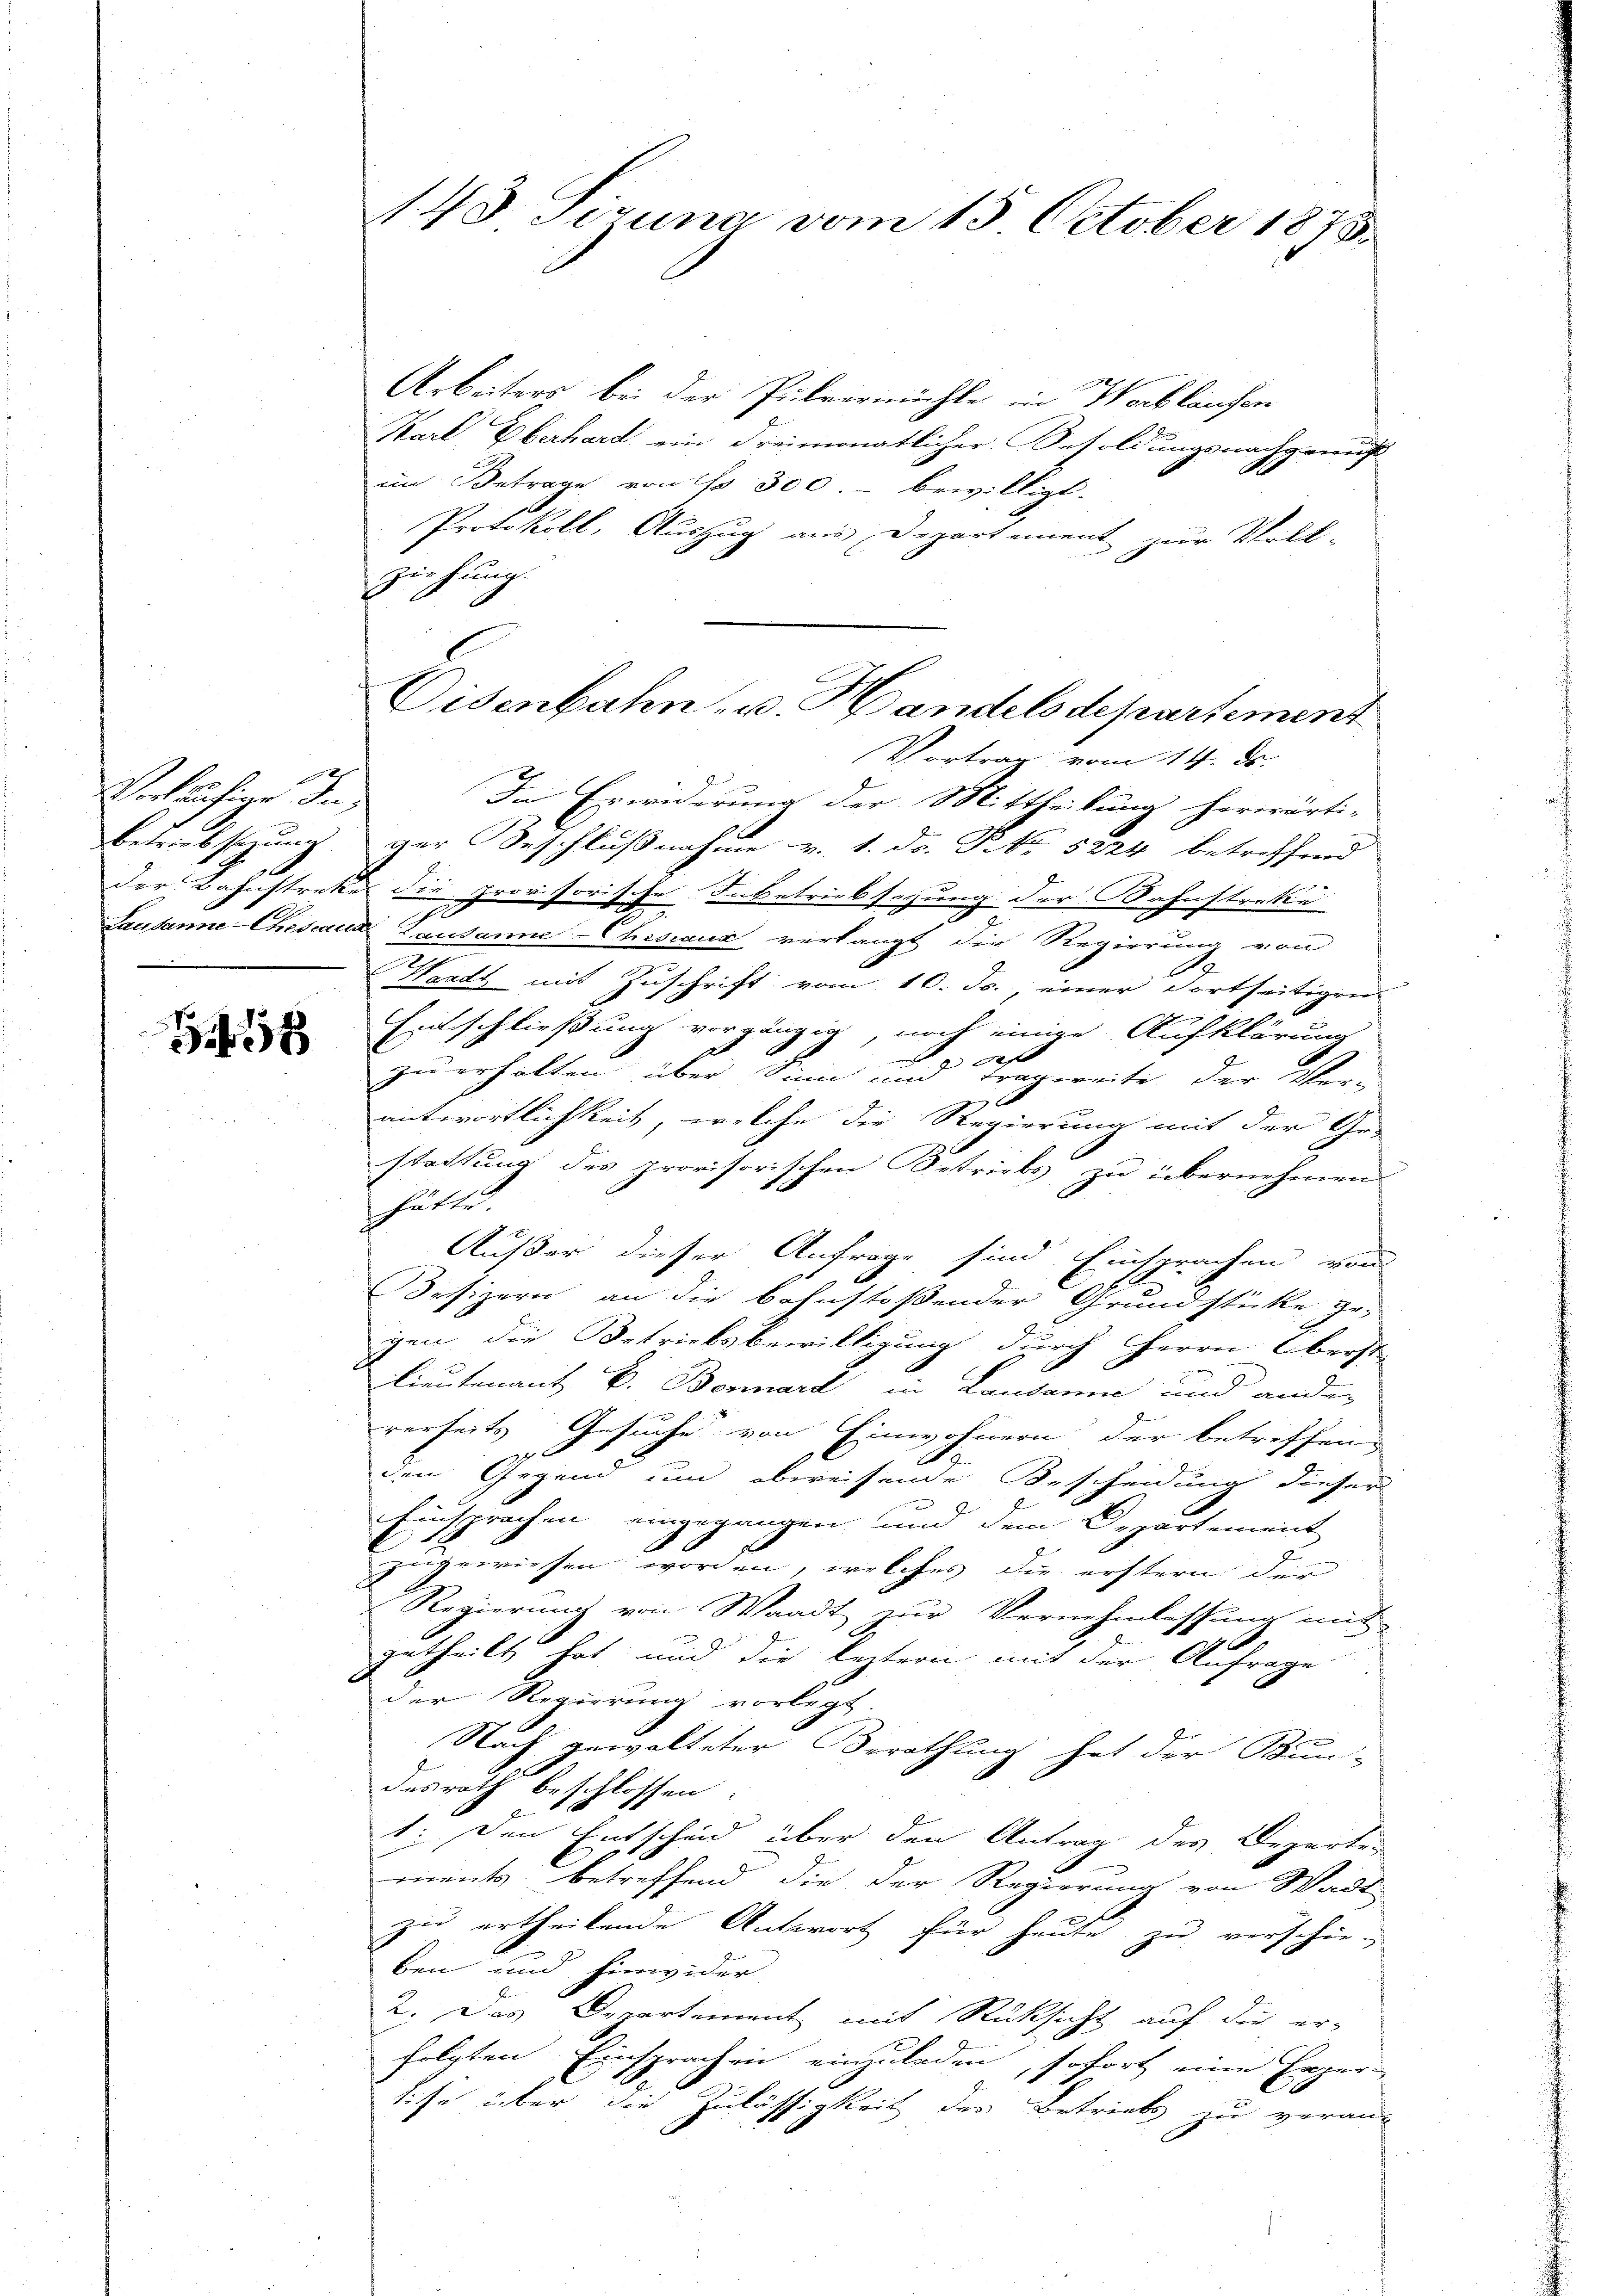
e
Verklähner In¬
Betreibsezung
Lausanne Ehesaus

8

143 Tizuna vom 15. October 1875.

Arbeiters bei der Pulvermühle in Wortlaufen
Karl Eberhard ein dreimonatlicher Besoldungsnachgenuß
im Betrage von No 300.- bewilligt.
Protokoll, Auszug aus Departement zur Voll-
ziehung.
In Erwiderung der Mittheilung herwärti- |
ger Beschlußnahme v. 1. Dr. P. Nr. 5824 betreffend
der Bahnstrekes die provisorische Inbetriebsazung der Bahnstreke
2
Lausanne-Chesiaux verlangt die Regierung von
Wartz mit Zuschrift vom 10. Jc., einer Fortseitigung
Entschließung vorgängig, noch einige Aufklärung
n
zu erhalten über Sinn und Tragweite der Ver-
antwortlichkeit, welche die Regierung mit der Ge-
stattung des provisorischen Betriebs zu übernehmen
hätte.
Außer dieser Anfrage sind Einsprachen von
Besizern an die bahnstoßender Grundstücke ge-
gen die Betriebsbewilligung durch Herrn Oberst
lieutenant E. Bornard in Landann und ander
rerseits Gesuche von Einwohnern der betreffen,
37 x
den Gegend um abweisende Bescheidung dieser
Einsprachen eingegangen und dem Departement
zugewiesen worden, welches die erstern der
Regierung von Waadt zur Vernehmlassung mit
getheilt hat und die leztern mit der Anfrage
der Regierung vorlegt.
Nach gewalteter Berathung hat der Bun-
desrath beschlossen
1. Den Entscheid über den Antrag des Departe
ments, betreffend die der Regierung von Wadt
zu ertheilende Antwort für heute zu verschie-
ben und hinwider.
2. Das Departement mit Rücksicht auf die erfolgten Einsprachen einzuladen, sofort eine Expertise über die Zulässigkeit der Betriebs zu veran-

Eisenbahn u. Handels departement
Vortrag vom 14. ds.